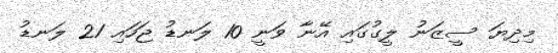
މިދިޔަ ސީޒަނު ލީގުގައި އޭނާ ވަނީ 10 ލަނޑު ޖަހައި 21 ލަނޑު